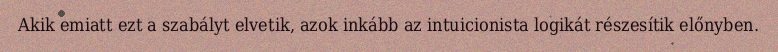
Akik emiatt ezt a szabályt elvetik, azok inkább az intuicionista logikát részesítik előnyben.